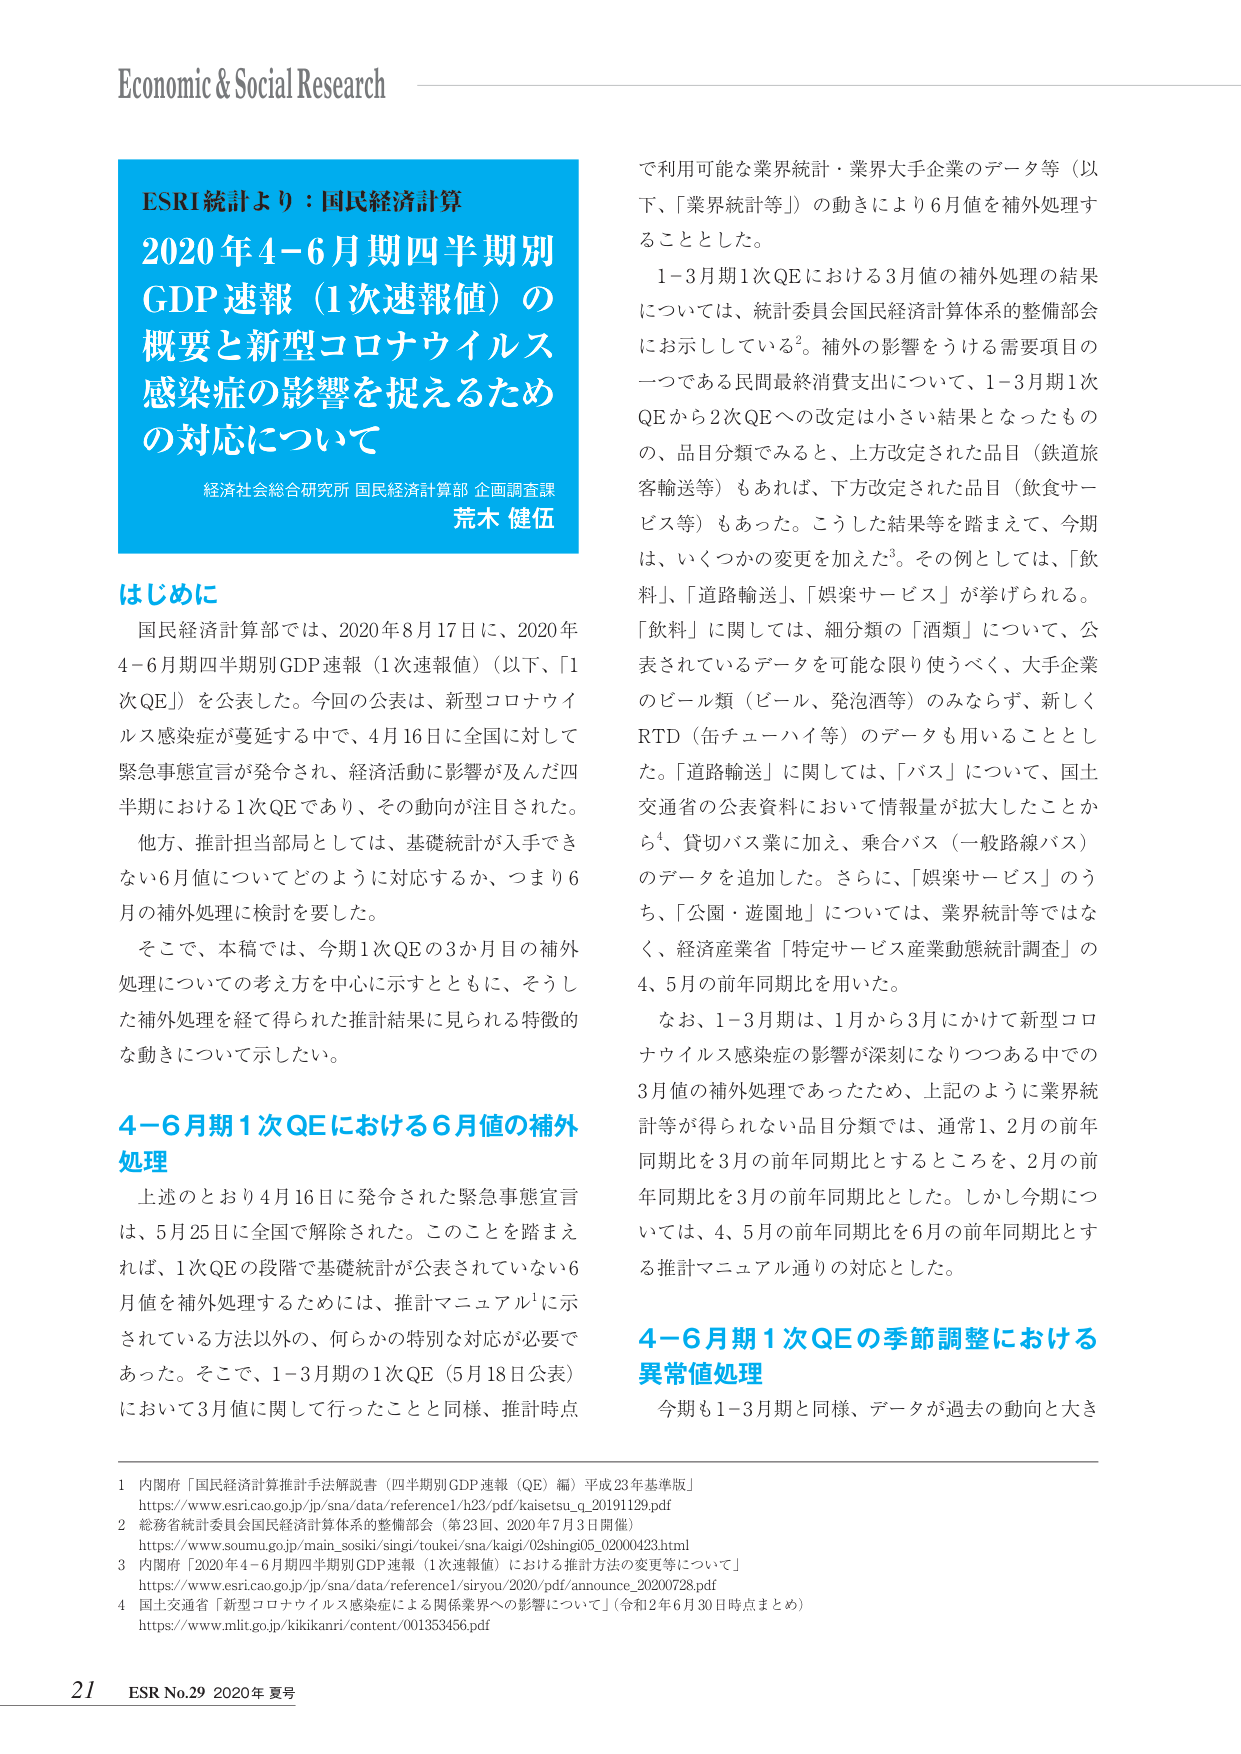
Economic & Social Research

ESRI統計より：国民経済計算
2020年4-6月期四半期別
GDP速報（1次速報値）の
概要と新型コロナウイルス
感染症の影響を捉えるため
の対応について
経済社会総合研究所 国民経済計算部 企画調査課
荒木 健伍

はじめに
国民経済計算部では、2020年8月17日に、2020年
4-6月期四半期別GDP速報（1次速報値）（以下、「1
次QE」）を公表した。今回の公表は、新型コロナウイ
ルス感染症が蔓延する中で、4月16日に全国に対して
緊急事態宣言が発令され、経済活動に影響が及んだ四
半期における1次QEであり、その動向が注目された。
他方、推計担当当局としては、基礎統計が入手でき
ない6月値についてどのように対応するか、つまり6
月の補外処理に検討を要した。
そこで、本稿では、今期1次QEの3か月目の補外
処理についての考え方を中心に示すとともに、そうし
た補外処理を経て得られた推計結果に見られる特徴的
な動きについて示したい。

4-6月期1次QEにおける6月値の補外
処理
上述のとおり4月16日に発令された緊急事態宣言
は、5月25日に全国で解除された。このことを踏まえ
れば、1次QEの段階で基礎統計が公表されていない6
月値を補外処理するためには、推計マニュアル¹に示
されている方法以外の、何らかの特別な対応が必要で
あった。そこで、1-3月期の1次QE（5月18日公表）
において3月値に関して行ったことと同様、推計時点
で利用可能な業界統計・業界大手企業のデータ等（以
下、「業界統計等」）の動きにより6月値を補外処理す
ることとした。
1-3月期1次QEにおける3月値の補外処理の結果
については、統計委員会国民経済計算体系の整備部会
にお示ししている²。補外の影響をうける需要項目の
一つである民間最終消費支出について、1-3月期1次
QEから2次QEへの改定は小さい結果となったもの
の、品目分類でみると、上方改定された品目（鉄道旅
客輸送等）もあれば、下方改定された品目（飲食サー
ビス等）もあった。こうした結果等を踏まえて、今期
は、いくつかの変更を加えた³。その例としては、「飲
料」、「道路輸送」、「娯楽サービス」が挙げられる。
「飲料」に関しては、細分類の「酒類」について、公
表されているデータを可能な限り使うべく、大手企業
のビール類（ビール、発泡酒等）のみならず、新しく
RTD（缶チューハイ等）のデータも用いることとし
た。「道路輸送」に関しては、「バス」について、国土
交通省の公表資料において情報量が拡大したことか
ら⁴、貸切バス業に加え、乗合バス（一般路線バス）
のデータを追加した。さらに、「娯楽サービス」のう
ち、「公園・遊園地」については、業界統計等ではな
く、経済産業省「特定サービス産業動態統計調査」の
4、5月の前年同期比を用いた。
なお、1-3月期は、1月から3月にかけて新型コロ
ナウイルス感染症の影響が深刻になりつつある中での
3月値の補外処理であったため、上記のように業界統
計等が得られない品目分類では、通常1、2月の前年
同期比を3月の前年同期比とするところを、2月の前
年同期比を3月の前年同期比とした。しかし今期につ
いては、4、5月の前年同期比を6月の前年同期比とす
る推計マニュアル通りの対応とした。

4-6月期1次QEの季節調整における
異常値処理
今期も1-3月期と同様、データが過去の動向と大き

1 内閣府「国民経済計算推計手法解説書（四半期別GDP速報（QE）編）平成23年基準版」
https://www.esri.cao.go.jp/jp/sna/data/reference/1h23/pdf/kaisetsu_q_20191129.pdf
2 総務省統計委員会国民経済計算体系の整備部会（第23回、2020年7月3日開催）
https://www.soumu.go.jp/main_sosiki/singi/toukei/sna/kaigi/02shingi05_02000423.html
3 内閣府「2020年4-6月期四半期別GDP速報（1次速報値）における推計方法の変更等について」
https://www.esri.cao.go.jp/jp/sna/data/reference/siryou/2020/pdf/announce_20200728.pdf
4 国土交通省「新型コロナウイルス感染症による関係業界への影響について」（令和2年6月30日時点まとめ）
https://www.mlit.go.jp/kikikanri/content/001353456.pdf

21 ESR No.29 2020年 夏号